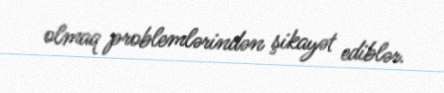
olmaq problemlərindən şikayət ediblər.